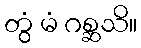
တွံ မံ ဂစ္ဆသိ။